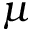
\mu